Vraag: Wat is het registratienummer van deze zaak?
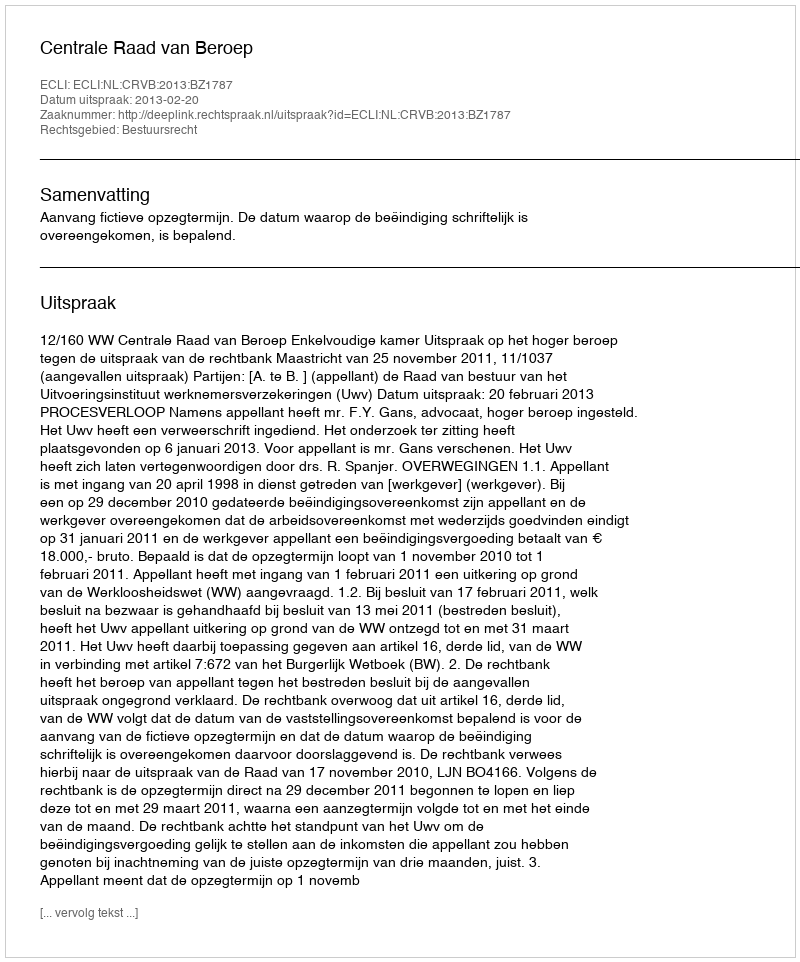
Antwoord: http://deeplink.rechtspraak.nl/uitspraak?id=ECLI:NL:CRVB:2013:BZ1787